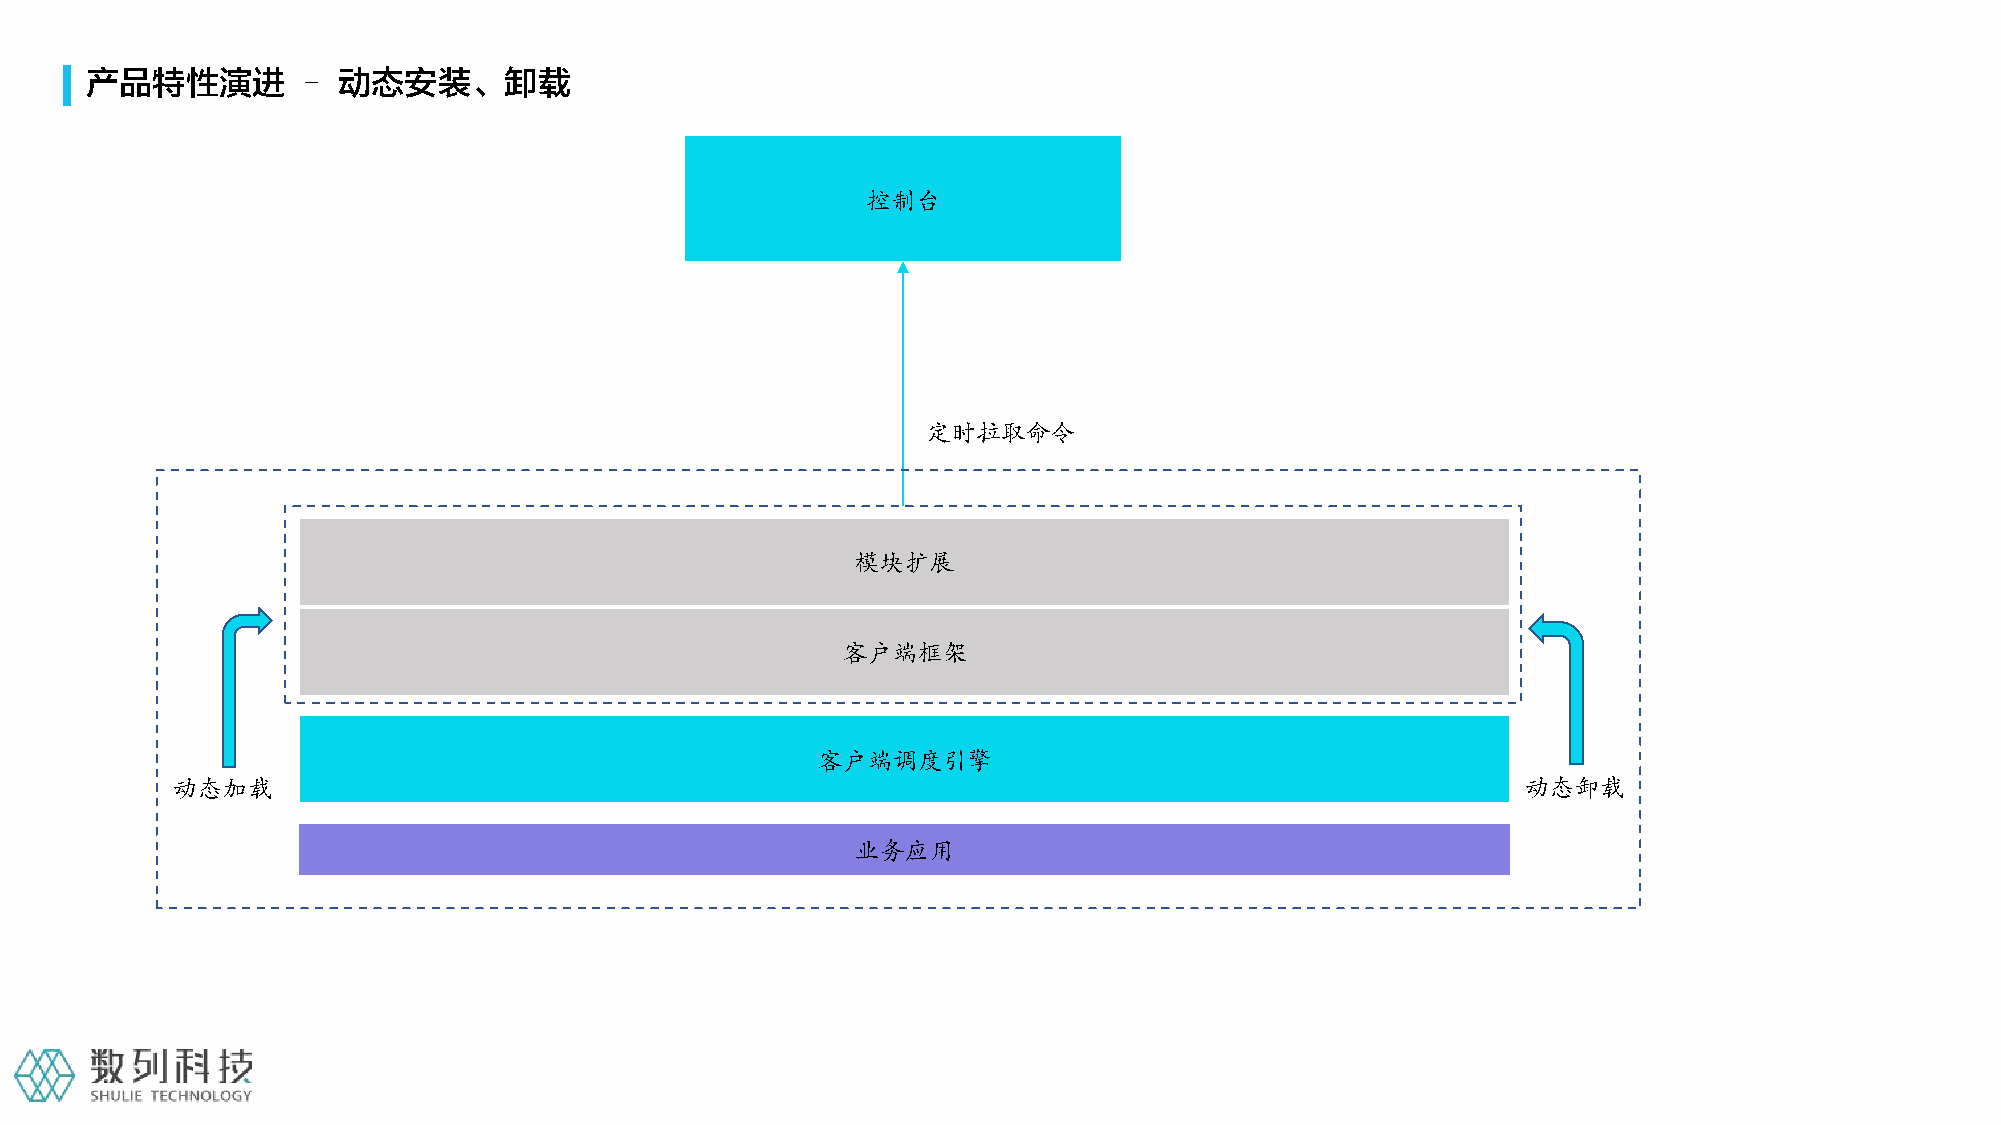
产品特性演进        – 动态安装、卸载
 控制台
 定时拉取命令
 模块扩展
 客户端框架
 客户端调度引擎
 动态加载                                                                                      动态卸载
 业务应用